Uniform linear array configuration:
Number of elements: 24
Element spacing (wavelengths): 1
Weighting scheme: binomial
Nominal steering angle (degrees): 60
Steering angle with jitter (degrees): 60.153
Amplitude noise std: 0.05
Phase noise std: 0.05

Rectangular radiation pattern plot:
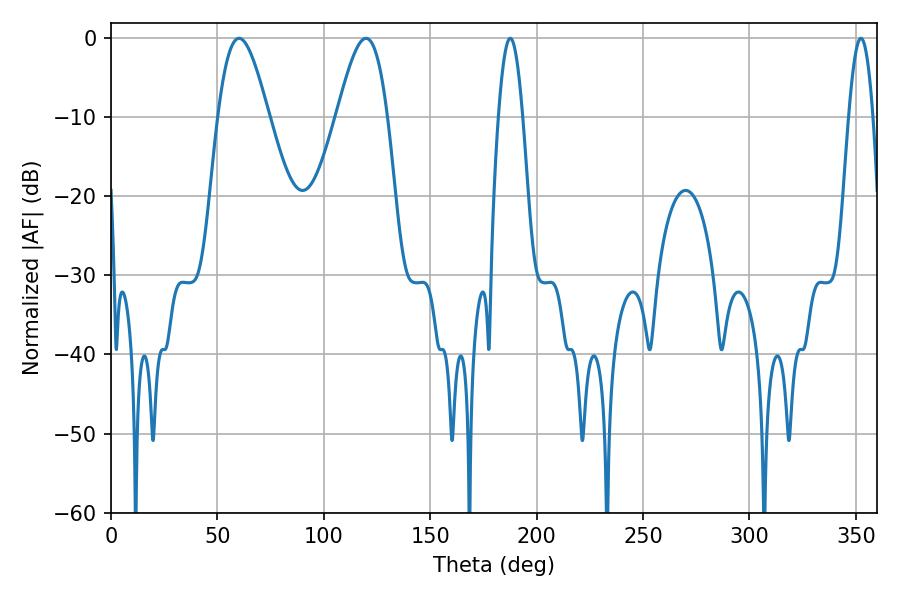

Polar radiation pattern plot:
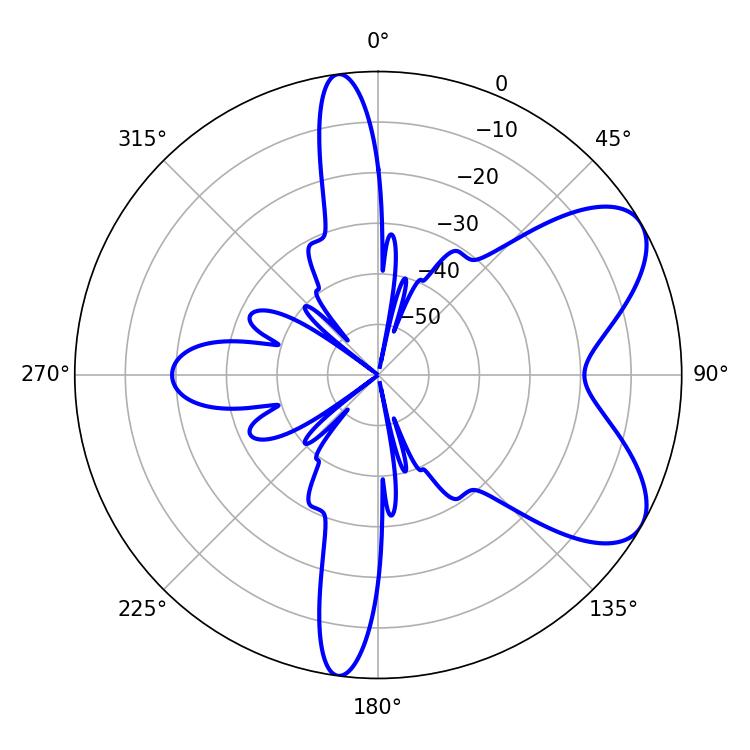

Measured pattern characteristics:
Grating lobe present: TRUE
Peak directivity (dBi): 6.996
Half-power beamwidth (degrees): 12.78
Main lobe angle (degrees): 60.12